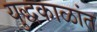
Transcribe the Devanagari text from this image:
युद्धकाळांत